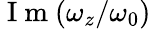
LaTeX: \mathrm{~I~m~}(\omega_{z}/\omega_{0})